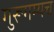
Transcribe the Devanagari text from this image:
गुरूगम्यच